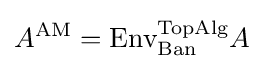
A^{\text{AM}}={\text{Env}}_{\text{Ban}}^{\text{TopAlg}}A